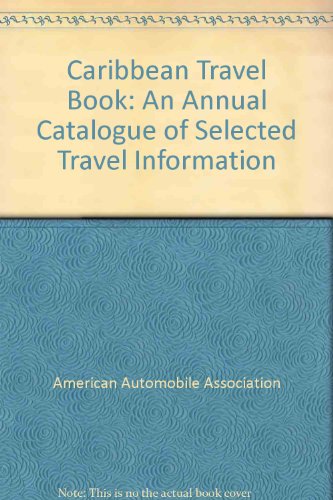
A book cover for AAA 1995 Caribbean Travel Book; A.a.a.; Travel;